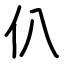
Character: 仈